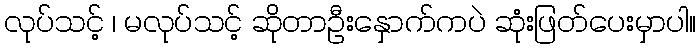
လုပ်သင့် ၊ မလုပ်သင့် ဆိုတာဦးနှောက်ကပဲ ဆုံးဖြတ်ပေးမှာပါ။